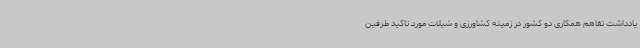
یادداشت تفاهم همکاری دو کشور در زمینه کشاورزی و شیلات مورد تاکید طرفین